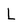
Character: L